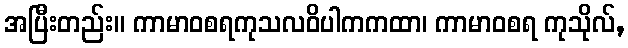
အပြီးတည်း။ ကာမာဝစရကုသလဝိပါကကထာ၊ ကာမာဝစရ ကုသိုလ်,